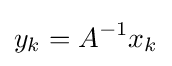
y_{k}=A^{-1}x_{k}